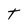
Character: T